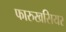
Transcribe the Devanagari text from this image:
फारुखसियर